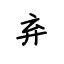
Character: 弃